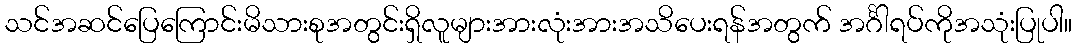
သင်အဆင်ပြေကြောင်းမိသားစုအတွင်းရှိလူများအားလုံးအားအသိပေးရန်အတွက် အင်္ဂါရပ်ကိုအသုံးပြုပါ။